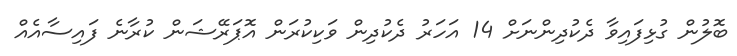
ބޮލުން ގުޅިފައިވާ ދެކުދިންނަށް 14 އަހަރު ދެކުދިން ވަކިކުރަން އޮޕަރޭޝަން ކުރާނެ ފައިސާއެއް